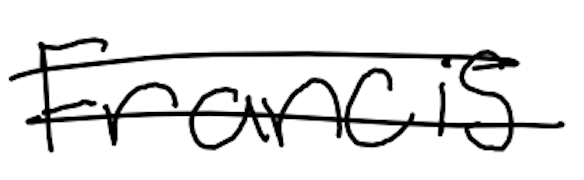
Text: Francis
Cross-out: double-line
Writing tool: digital_black